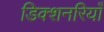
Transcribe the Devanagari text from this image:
डिक्शनरियाँ